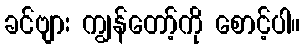
ခင်ဗျား ကျွန်တော့်ကို စောင့်ပါ။